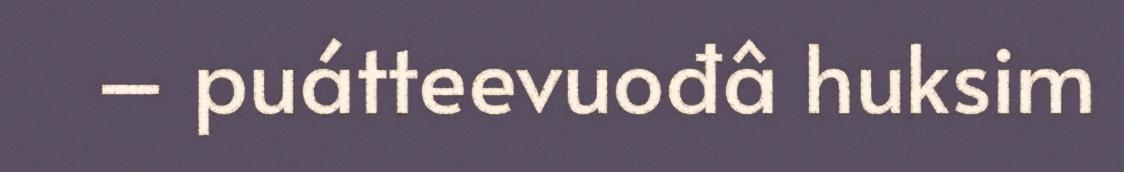
– puátteevuođâ huksim